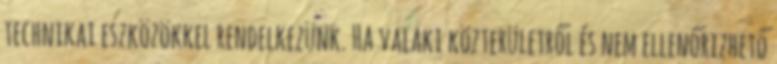
technikai eszközökkel rendelkezünk. Ha valaki közterületről és nem ellenőrizhető